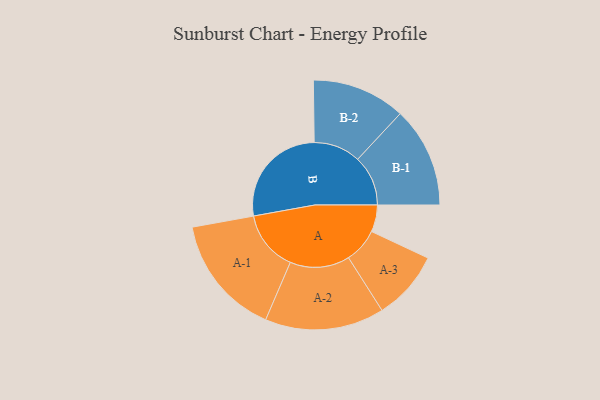
{"axis": {"x": "Segment", "y": "Value"}, "legend": ["", "A", "B"], "data": [{"x": "A", "y": 124, "type": ""}, {"x": "B", "y": 491, "type": ""}, {"x": "A-1", "y": 279, "type": "A"}, {"x": "A-2", "y": 275, "type": "A"}, {"x": "A-3", "y": 160, "type": "A"}, {"x": "B-1", "y": 232, "type": "B"}, {"x": "B-2", "y": 216, "type": "B"}]}